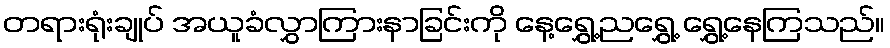
တရားရုံးချုပ် အယူခံလွှာကြားနာခြင်းကို နေ့ရွှေ့ညရွှေ့ ရွှေ့နေကြသည်။